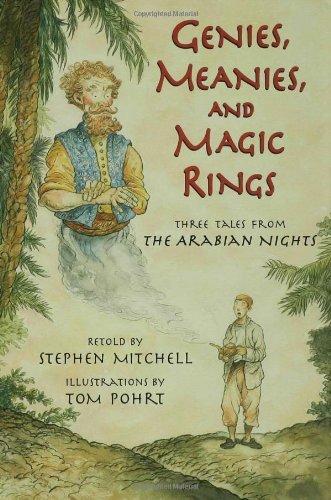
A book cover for Genies, Meanies, and Magic Rings; Stephen Mitchell; Children's Books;